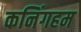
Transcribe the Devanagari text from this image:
कनिंगहम